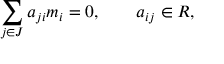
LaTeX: \sum _ { j \in J } a _ { j i } m _ { i } = 0 , \qquad a _ { i j } \in R ,